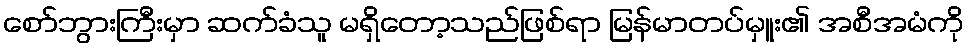
စော်ဘွားကြီးမှာ ဆက်ခံသူ မရှိတော့သည်ဖြစ်ရာ မြန်မာတပ်မှူး၏ အစီအမံကို